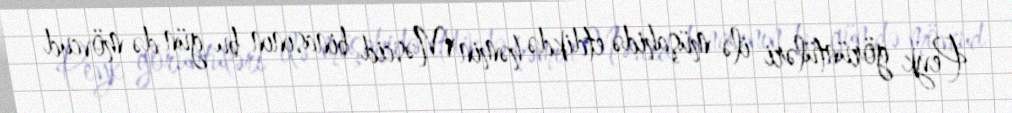
Peyk görüntüləri ilə müşahidə etdikdə həmin Məscid binasının bu gün də mövcud